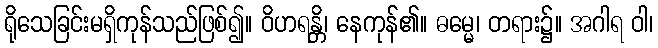
ရိုသေခြင်းမရှိကုန်သည်ဖြစ်၍။ ဝိဟရန္တိ၊ နေကုန်၏။ ဓမ္မေ၊ တရား၌။ အဂါရ ဝါ၊